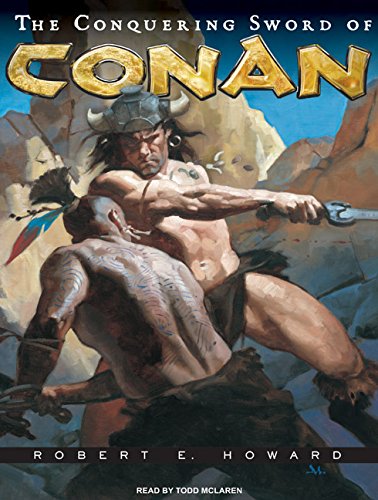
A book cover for The Conquering Sword of Conan (Conan of Cimmeria); Robert E. Howard; Literature & Fiction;